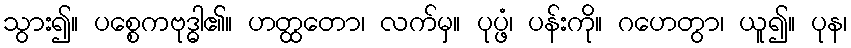
သွား၍။ ပစ္စေကဗုဒ္ဓါ၏။ ဟတ္ထတော၊ လက်မှ။ ပုပ္ဖံ၊ ပန်းကို။ ဂဟေတွာ၊ ယူ၍။ ပုန၊